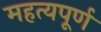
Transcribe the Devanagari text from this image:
महत्यपूर्ण